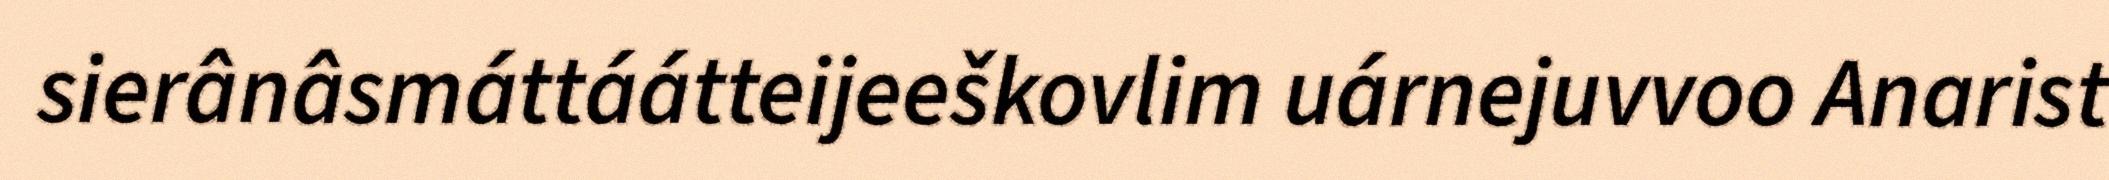
sierânâsmáttáátteijeeškovlim uárnejuvvoo Anarist